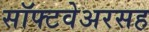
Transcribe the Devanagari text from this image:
सॉफ्टवेअरसह